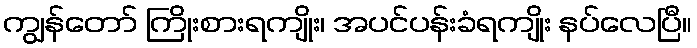
ကျွန်တော် ကြိုးစားရကျိုး၊ အပင်ပန်းခံရကျိုး နပ်လေပြီ။